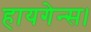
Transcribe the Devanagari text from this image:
हायगेन्स।